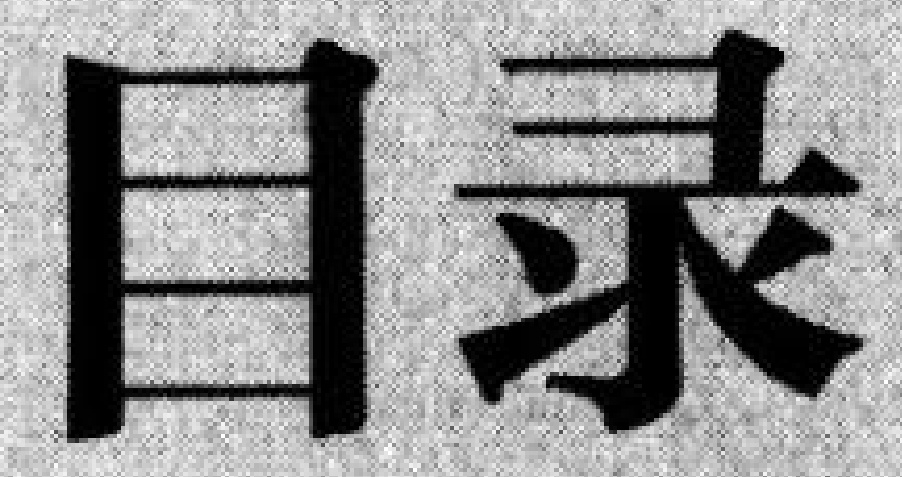
目录